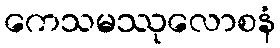
ကေသမဿုလောစနံ